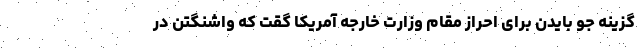
گزینه جو بایدن برای احراز مقام وزارت خارجه آمریکا گقت که واشنگتن در